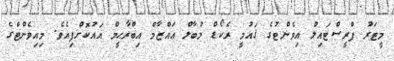
މީޓަރު ފްރީސްޓައިލް އިވެންޓުގެ ޤައުމީ ރެކޯޑް މުބާލް ޢައްޒާމް އިބްރާޙީމް އައުކޮށްފިއެވެ. މިއިވެންޓްގެ